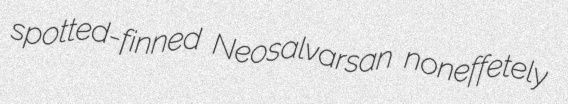
spotted-finned Neosalvarsan noneffetely